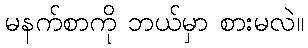
မနက်စာကို ဘယ်မှာ စားမလဲ။